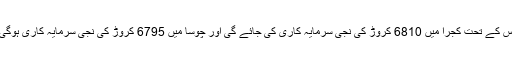
اس کے تحت کجرا میں 6810 کروڑ کی نجی سرمایہ کاری کی جائے گی اور چوسا میں 6795 کروڑ کی نجی سرمایہ کاری ہوگی۔